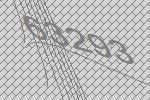
63293